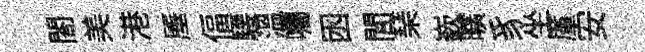
閤美港厜偪騕温囑囦閭琹嶔曠豸坐厪安